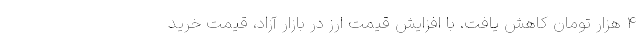
4 هزار تومان کاهش یافت. با افزایش قیمت ارز در بازار آزاد، قیمت خرید